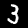
Label: 3